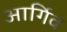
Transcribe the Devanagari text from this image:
आर्गिव